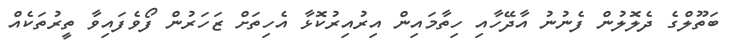
ބަތޫލްގެ ދެލޮލުން ފެނުނު އާދޭހާއި ހިތާމައިން އިރުއިރުކޮޅާ އެހިތަށް ޒަހަރުން ފޯވެފައިވާ ތީރުތަކެއް